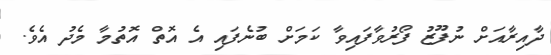
ދާއިރާއަށް ނުފޫޒު ފޯރުވާފައިވާ ކަމަށް ބުނެފައި އެ އޮތް އޮތުމާ މެދު އެވެ.